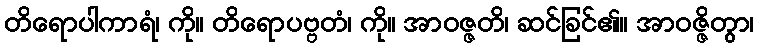
တိရောပါကာရံ၊ ကို။ တိရောပဗ္ဗတံ၊ ကို။ အာဝဇ္ဇတိ၊ ဆင်ခြင်၏။ အာဝဇ္ဇိတွာ၊